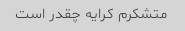
متشکرم کرایه چقدر است